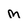
Character: m